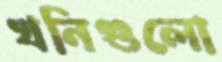
খনিগুলো